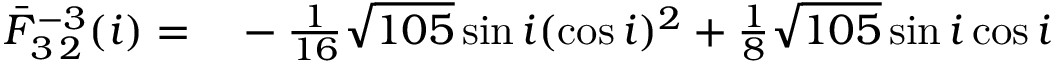
\begin{array} { r l } { \bar { F } _ { 3 \, 2 } ^ { - 3 } ( i ) = } & { { } - \frac { 1 } { 1 6 } \sqrt { 1 0 5 } \sin i ( \cos i ) ^ { 2 } + \frac { 1 } { 8 } \sqrt { 1 0 5 } \sin i \cos i } \end{array}